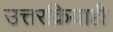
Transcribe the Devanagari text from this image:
उत्तरक्रियाही